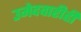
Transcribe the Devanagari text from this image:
उमेदवारीही